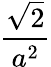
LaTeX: \frac{\sqrt{2}}{a^{2}}